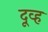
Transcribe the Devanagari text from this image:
दूव्ह